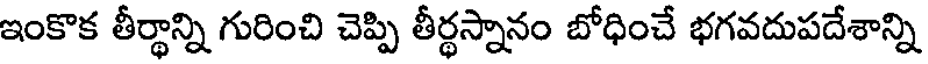
ఇంకొక తీర్థాన్ని గురించి చెప్పి తీర్థస్నానం బోధించే భగవదుపదేశాన్ని